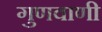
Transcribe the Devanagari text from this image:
गुणवाणी